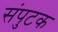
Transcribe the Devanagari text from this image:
संपुटक